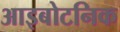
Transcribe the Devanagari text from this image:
आइबोटनिक